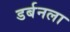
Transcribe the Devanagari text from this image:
डर्बनला